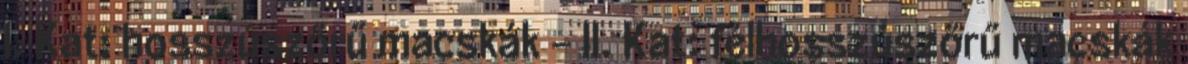
I. Kat: hosszúszőrű macskák - II. Kat: félhosszúszőrű macskák